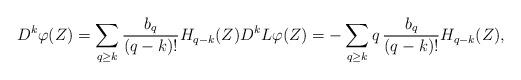
LaTeX: \begin{align*}D^ k\varphi(Z)=\sum_{q\geq k} \frac{b_{q}}{(q-k)!} H_{q-k}(Z) D^ kL\varphi(Z)=-\sum_{q\geq k} q\,\frac{b_{q}}{(q-k)!} H_{q-k}(Z),\end{align*}